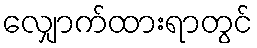
လျှောက်ထားရာတွင်